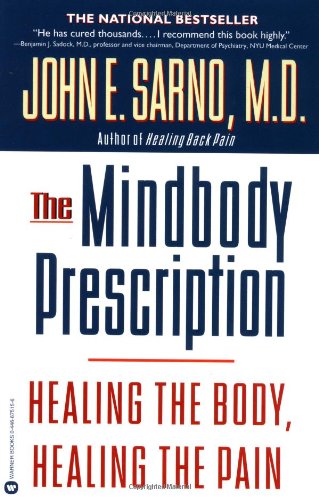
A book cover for The Mindbody Prescription: Healing the Body, Healing the Pain; John E. Sarno M.D.; Health, Fitness & Dieting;